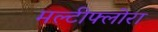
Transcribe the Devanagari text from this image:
मल्टीफ्लोरा